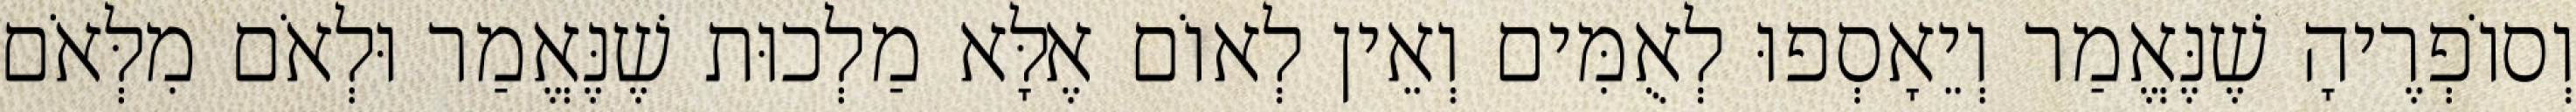
וְסוֹפְרֶיהָ שֶׁנֶּאֱמַר וְיֵאָסְפוּ לְאֻמִּים וְאֵין לְאוֹם אֶלָּא מַלְכוּת שֶׁנֶּאֱמַר וּלְאֹם מִלְּאֹם